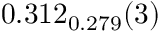
0 . 3 1 2 _ { 0 . 2 7 9 } ( 3 )